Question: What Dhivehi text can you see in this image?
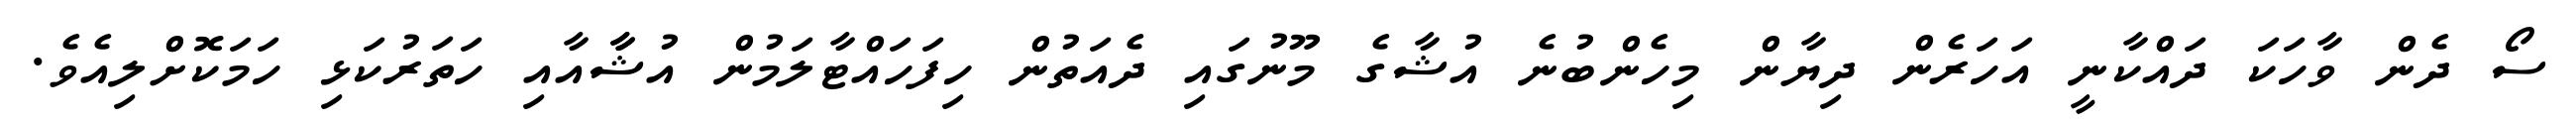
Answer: ސޯ ދެން ވާހަކަ ދައްކާނީ އަހަރެން ދިޔާން މިހެންބުނެ އުޝާގެ މޫނުގައި ދެއަތުން ހިފަހައްޓާލަމުން އުޝާާއާއި ހަތަރުކަޅި ހަމަކޮށްލިއެވެ.